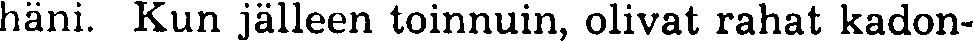
häni. Kun jälleen toinnuin, olivat rahat kadon-